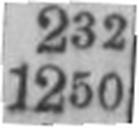
1250